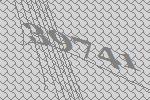
39741